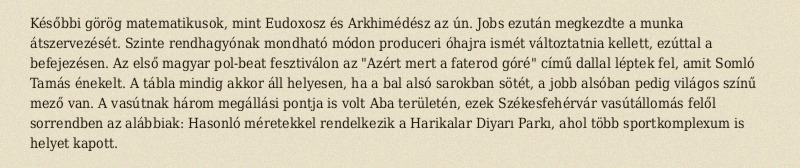
Későbbi görög matematikusok, mint Eudoxosz és Arkhimédész az ún. Jobs ezután megkezdte a munka átszervezését. Szinte rendhagyónak mondható módon produceri óhajra ismét változtatnia kellett, ezúttal a befejezésen. Az első magyar pol-beat fesztiválon az "Azért mert a faterod góré" című dallal léptek fel, amit Somló Tamás énekelt. A tábla mindig akkor áll helyesen, ha a bal alsó sarokban sötét, a jobb alsóban pedig világos színű mező van. A vasútnak három megállási pontja is volt Aba területén, ezek Székesfehérvár vasútállomás felől sorrendben az alábbiak: Hasonló méretekkel rendelkezik a Harikalar Diyarı Parkı, ahol több sportkomplexum is helyet kapott.